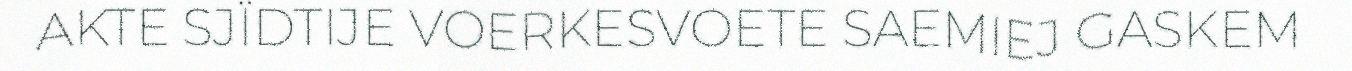
AKTE SJÏDTIJE VOERKESVOETE SAEMIEJ GASKEM